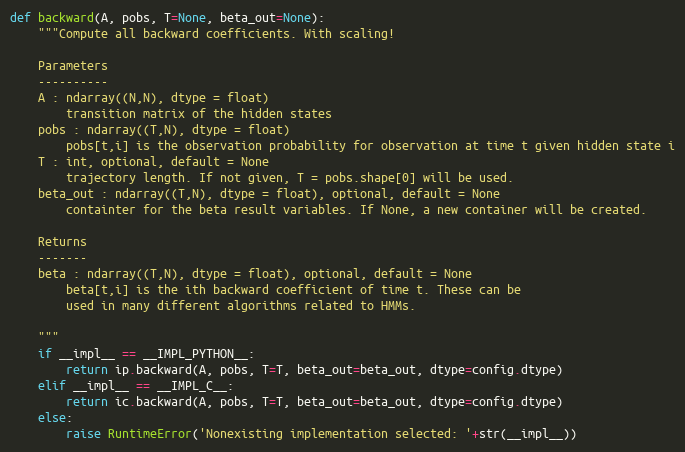
Language: Python
def backward(A, pobs, T=None, beta_out=None):
    """Compute all backward coefficients. With scaling!

    Parameters
    ----------
    A : ndarray((N,N), dtype = float)
        transition matrix of the hidden states
    pobs : ndarray((T,N), dtype = float)
        pobs[t,i] is the observation probability for observation at time t given hidden state i
    T : int, optional, default = None
        trajectory length. If not given, T = pobs.shape[0] will be used.
    beta_out : ndarray((T,N), dtype = float), optional, default = None
        containter for the beta result variables. If None, a new container will be created.

    Returns
    -------
    beta : ndarray((T,N), dtype = float), optional, default = None
        beta[t,i] is the ith backward coefficient of time t. These can be
        used in many different algorithms related to HMMs.

    """
    if __impl__ == __IMPL_PYTHON__:
        return ip.backward(A, pobs, T=T, beta_out=beta_out, dtype=config.dtype)
    elif __impl__ == __IMPL_C__:
        return ic.backward(A, pobs, T=T, beta_out=beta_out, dtype=config.dtype)
    else:
        raise RuntimeError('Nonexisting implementation selected: '+str(__impl__))